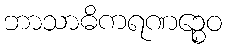
ဘာသာဓိကရဏဉ္စေဝ